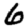
Digit: 6